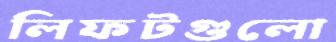
লিফটগুলো